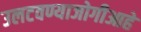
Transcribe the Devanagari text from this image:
उलटवण्याजोगीआहे